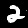
Label: 2